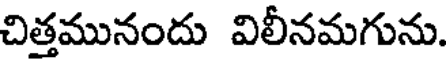
చిత్తమునందు విలీనమగును.